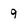
Character: 9